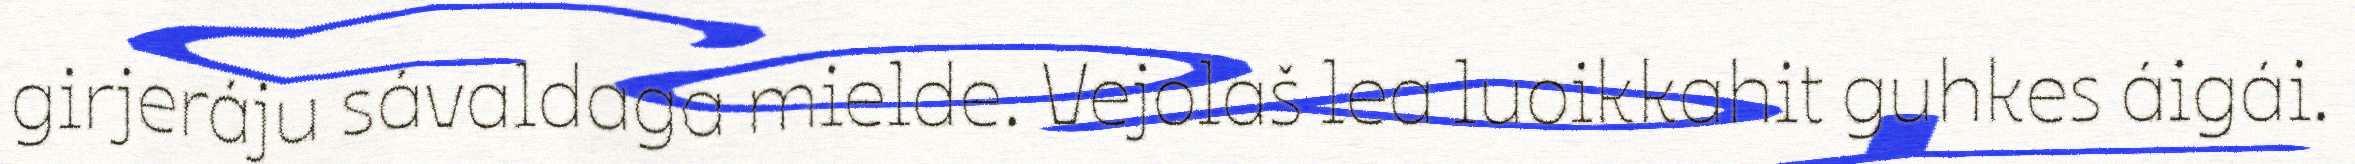
girjeráju sávaldaga mielde. Vejolaš lea luoikkahit guhkes áigái.